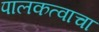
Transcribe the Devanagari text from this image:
पालकत्वाचा